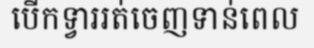
បើកទ្វាររត់ចេញទាន់ពេល